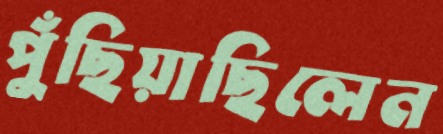
পুঁছিয়াছিলেন